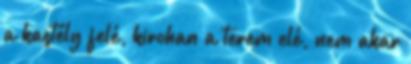
a kastély felé, kirohan a terem elé, nem akar